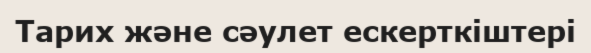
Тарих және сәулет ескерткіштері